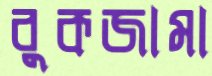
বুকজামা